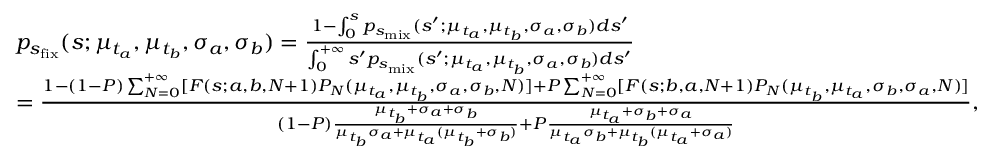
\begin{array} { r l } & { p _ { s _ { \mathrm { f i x } } } ( s ; \mu _ { t _ { a } } , \mu _ { t _ { b } } , \sigma _ { a } , \sigma _ { b } ) = \frac { 1 - \int _ { 0 } ^ { s } p _ { s _ { \mathrm { m i x } } } ( s ^ { \prime } ; \mu _ { t _ { a } } , \mu _ { t _ { b } } , \sigma _ { a } , \sigma _ { b } ) d s ^ { \prime } } { \int _ { 0 } ^ { + \infty } s ^ { \prime } p _ { s _ { \mathrm { m i x } } } ( s ^ { \prime } ; \mu _ { t _ { a } } , \mu _ { t _ { b } } , \sigma _ { a } , \sigma _ { b } ) d s ^ { \prime } } } \\ & { = \frac { 1 - ( 1 - P ) \sum _ { N = 0 } ^ { + \infty } [ F ( s ; a , b , N + 1 ) P _ { N } ( \mu _ { t _ { a } } , \mu _ { t _ { b } } , \sigma _ { a } , \sigma _ { b } , N ) ] + P \sum _ { N = 0 } ^ { + \infty } [ F ( s ; b , a , N + 1 ) P _ { N } ( \mu _ { t _ { b } } , \mu _ { t _ { a } } , \sigma _ { b } , \sigma _ { a } , N ) ] } { ( 1 - P ) \frac { \mu _ { t _ { b } } + \sigma _ { a } + \sigma _ { b } } { \mu _ { t _ { b } } \sigma _ { a } + \mu _ { t _ { a } } ( \mu _ { t _ { b } } + \sigma _ { b } ) } + P \frac { \mu _ { t _ { a } } + \sigma _ { b } + \sigma _ { a } } { \mu _ { t _ { a } } \sigma _ { b } + \mu _ { t _ { b } } ( \mu _ { t _ { a } } + \sigma _ { a } ) } } , } \end{array}